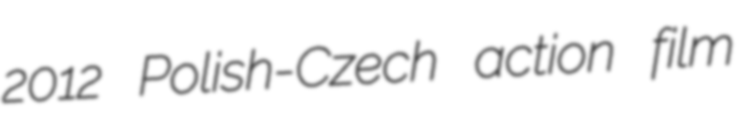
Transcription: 2012 Polish-Czech action film